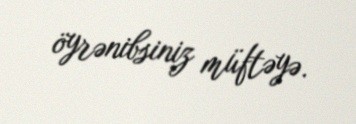
öyrənibsiniz müftəyə.